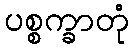
ပစ္စက္ခာတုံ